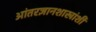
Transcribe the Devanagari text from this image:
आंतरज्ञानशाखांशी